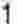
1